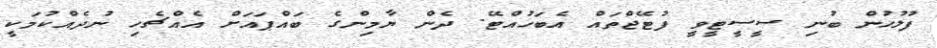
ފުލުހުން ބުނި ސީސީޓީވީ ފުޓޭޖްތައް އެބަހުއްޓޭ. ދެން ޔާމިންގެ ބައްޕައަށް އެއްޗެހި ނުދެއްކުމަކީ